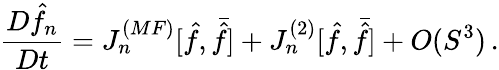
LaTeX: {\frac{D\hat{f}_{n}}{Dt}}=J_{n}^{(MF)}[\hat{f},\bar{\hat{f}}]+J_{n}^{(2)}[\hat{f},\bar{\hat{f}}]+O(S^{3})\, .